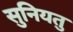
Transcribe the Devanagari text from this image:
सुनियतु